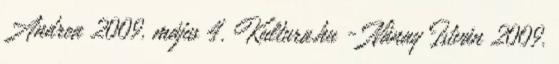
Andrea 2009. május 4. Kultura.hu - Nánay István 2009.